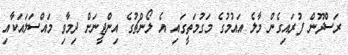
ރަސްދޫން ފުރައިގެން މާލެ އައުމުގެ މަގުމަތީގައި އެ ލޯންޗުގެ އިންޖީނަށް ދިމާވި މައްސަލައަކާއި